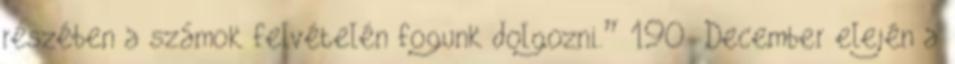
részében a számok felvételén fogunk dolgozni.” 190 December elején a